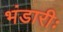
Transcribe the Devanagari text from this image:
भंडारीः